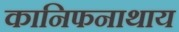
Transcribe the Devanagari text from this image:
कानिफनाथाय